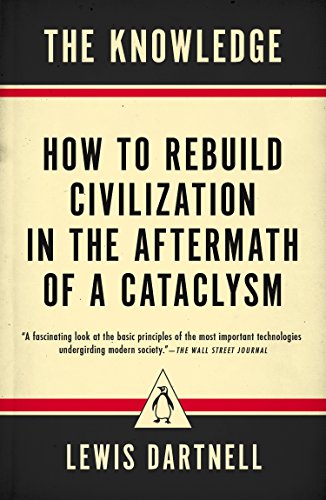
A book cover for The Knowledge: How to Rebuild Civilization in the Aftermath of a Cataclysm; Lewis Dartnell; Politics & Social Sciences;